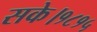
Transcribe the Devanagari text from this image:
सके।१८१५